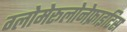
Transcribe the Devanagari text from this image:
ग्लोमेरूलोनेफ्राइटिस